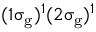
( 1 \upsigma _ { \mathrm { g } } ) ^ { 1 } ( 2 \upsigma _ { \mathrm { g } } ) ^ { 1 }